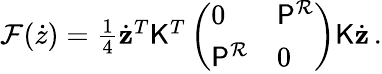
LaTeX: \begin{array}{r}{\mathcal{F}(\dot{z})=\frac{1}{4}\dot{\mathbf{z}}^{T}\mathsf{K}^{T}\left(\begin{array}{ll}{0}&{\mathsf{P}^{\mathcal{R}}}\\ {\mathsf{P}^{\mathcal{R}}}&{0}\end{array}\right)\mathsf{K}\dot{\mathbf{z}}\, .}\end{array}